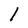
Character: 1